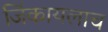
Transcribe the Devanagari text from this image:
जिंकायलाच